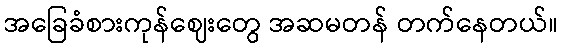
အခြေခံစားကုန်ဈေးတွေ အဆမတန် တက်နေတယ်။